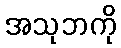
အသုဘကို